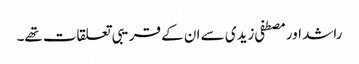
راشد اور مصطفی زیدی سے ان کے قریبی تعلقات تھے۔